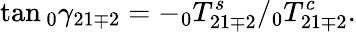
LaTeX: \tan\phantom{}_{0}\gamma_{21\mp 2}=-\phantom{}_{0}T_{21\mp 2}^{s}/\phantom{}_{0}T_{21\mp 2}^{c}.